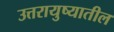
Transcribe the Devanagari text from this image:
उत्तरायुष्यातील